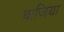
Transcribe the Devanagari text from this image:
बाजिया